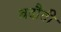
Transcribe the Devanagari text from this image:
बदौती